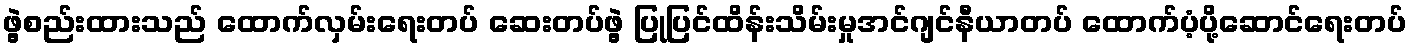
ဖွဲ့စည်းထားသည် ထောက်လှမ်းရေးတပ် ဆေးတပ်ဖွဲ့ ပြုပြင်ထိန်းသိမ်းမှုအင်ဂျင်နီယာတပ် ထောက်ပံ့ပို့ဆောင်ရေးတပ်